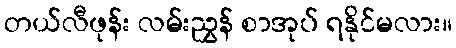
တယ်လီဖုန်း လမ်းညွှန် စာအုပ် ရနိုင်မလား။